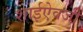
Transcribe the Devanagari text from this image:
शाईऐवजी